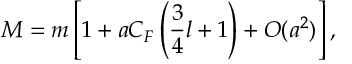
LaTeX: M = m \left[ 1 + a C _ { F } \left( { \frac { 3 } { 4 } } l + 1 \right) + { \cal O } ( a ^ { 2 } ) \right] ,